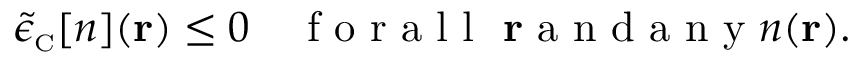
\tilde { \epsilon } _ { \scriptscriptstyle \mathrm { C } } [ n ] ( { \bf r } ) \leq 0 \quad \mathrm { ~ f ~ o ~ r ~ a ~ l ~ l ~ } \, \, { \bf r } \mathrm { ~ a ~ n ~ d ~ a ~ n ~ y ~ } n ( { \bf r } ) .